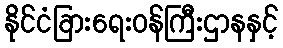
နိုင်ငံခြားရေးဝန်ကြီးဌာနနှင့်